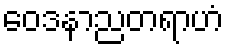
ဝေဒနာညတရာဟံ